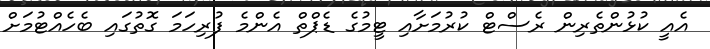
އެއީ ކުޅުންތެރިން ރެސްޓް ކުރުމަށާއި ޓީމުގެ ޑެޕްތް އެންމެ ފުރިހަމަ ގޮތުގައި ބެެހެއްޓުމަށް